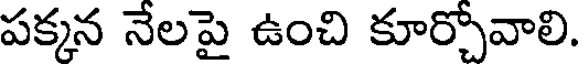
పక్కన నేలపై ఉంచి కూర్చోవాలి.